Lunatic asylums Punjab 1911-1921 - 1911-1921
Year: 1911
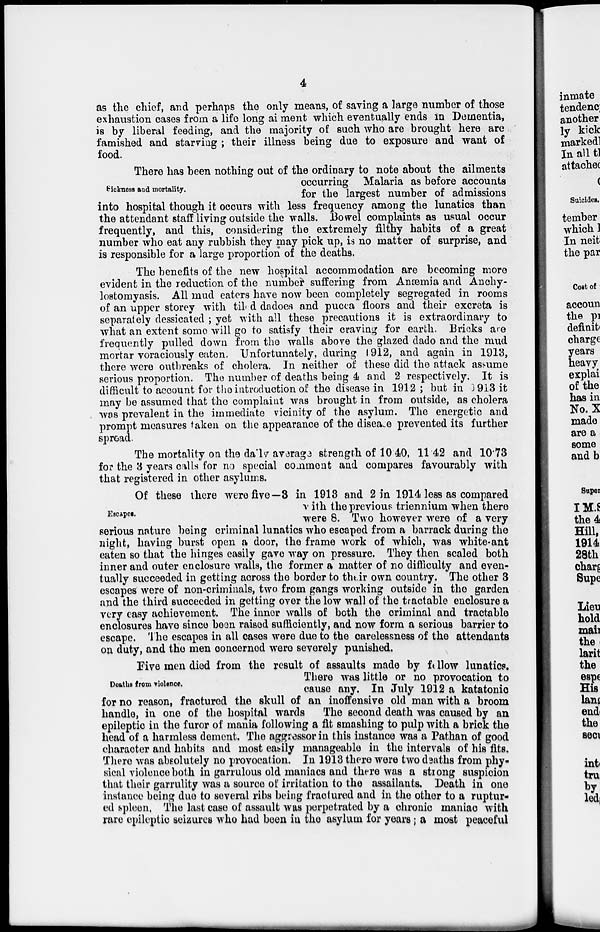
4
as the chief, and perhaps the only means, of saving a large number of those
exhaustion cases from a life long ai ment which eventually ends in Dementia,
is by liberal feeding, and the majority of such who are brought here are
famished and starving ; their illness being due to exposure and want of
food.
Sickness and mortality.
There has been nothing out of the ordinary to note about the ailments
occurring Malaria as before accounts
for the largest number of admissions
into hospital though it occurs with less frequency among the lunatics than
the attendant staff living outside the walls. Bowel complaints as usual occur
frequently, and this, considering the extremely filthy habits of a great
number who eat any rubbish they may pick up, is no matter of surprise, and
is responsible for a large proportion of the deaths.
The benefits of the new hospital accommodation are becoming more
evident in the reduction of the number suffering from Anæmia and Anchy-
lostomyasis. All mud eaters have now been completely segregated in rooms
of an upper storey with tiled dadoes and pucca floors and their excreta is
separately dessicated ; yet with all these precautions it is extraordinary to
what an extent some will go to satisfy their craving for earth. Bricks are
frequently pulled down from the walls above the glazed dado and the mud
mortar voraciously eaten. Unfortunately, during 1912, and again in 1913,
there were outbreaks of cholera. In neither of these did the attack assume
serious proportion. The number of deaths being 4 and 2 respectively. It is
difficult to account for the introduction of the disease in 1912 ; but in 1913 it
may be assumed that the complaint was brought in from outside, as cholera
was prevalent in the immediate vicinity of the asylum. The energetic and
prompt measures taken on the appearance of the disease prevented its further
spread.
The mortality on the daily average strength of 10.40, 11.42 and 10.73
for the 3 years calls for no special comment and compares favourably with
that registered in other asylums.
Escapes.
Of these there were five—3 in 1913 and 2 in 1914 less as compared
with the previous triennium when there
were 8. Two however were of a very
serious nature being criminal lunatics who escaped from a barrack during the
night, having burst open a door, the frame work of which, was white-ant
eaten so that the hinges easily gave way on pressure. They then scaled both
inner and outer enclosure walls, the former a matter of no difficulty and even-
tually succeeded in getting across the border to their own country. The other 3
escapes were of non-criminals, two from gangs working outside in the garden
and the third succeeded in getting over the low wall of the tractable enclosure a
very easy achievement. The inner walls of both the criminal and tractable
enclosures have since been raised sufficiently, and now form a serious barrier to
escape. The escapes in all cases were due to the carelessness of the attendants
on duty, and the men concerned were severely punished.
Deaths from violence.
Five men died from the result of assaults made by fellow lunatics.
There was little or no provocation to
cause any. In July 1912 a katatonic
for no reason, fractured the skull of an inoffensive old man with a broom
handle, in one of the hospital wards
The second death was caused by an
epileptic in the furor of mania following a fit smashing to pulp with a brick the
head of a harmless dement. The aggressor in this instance was a Pathan of good
character and habits and most easily manageable in the intervals of his fits.
There was absolutely no provocation. In 1913 there were two deaths from phy-
sical violence both in garrulous old maniacs and there was a strong suspicion
that their garrulity was a source of irritation to the assailants. Death in one
instance being due to several ribs being fractured and in the other to a ruptur-
ed spleen. The last case of assault was perpetrated by a chronic maniac with
rare epileptic seizures who had been in the asylum for years; a most peaceful